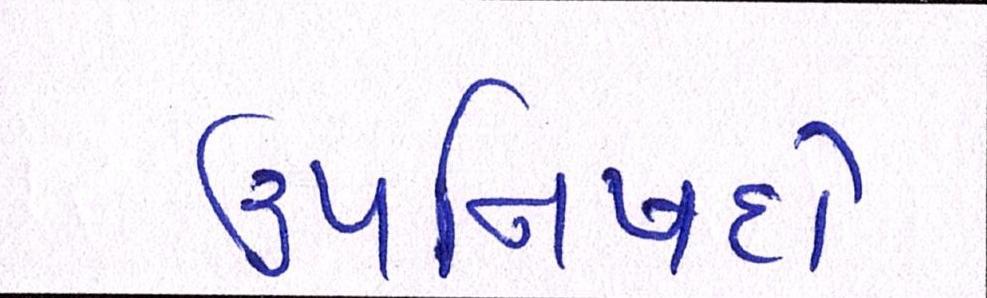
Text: ઉપનિષદો